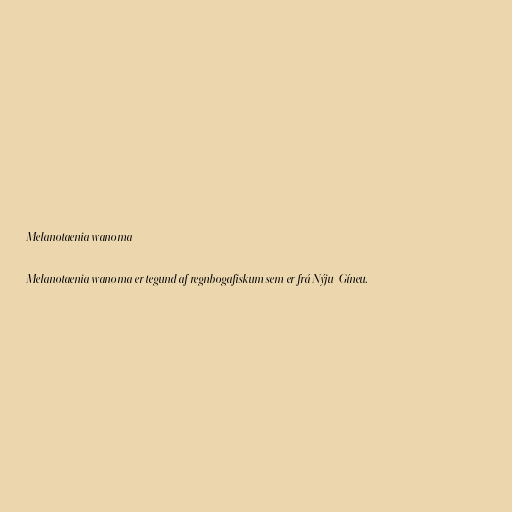
Melanotaenia wanoma

Melanotaenia wanoma er tegund af regnbogafiskum sem er frá Nýju-Gíneu.